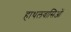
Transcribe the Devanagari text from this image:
हाथलवासिओं